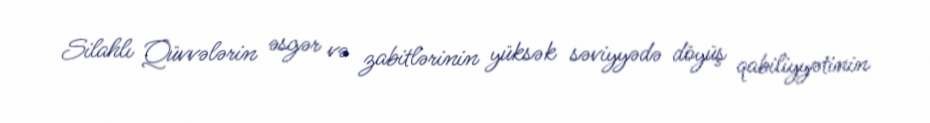
Silahlı Qüvvələrin əsgər və zabitlərinin yüksək səviyyədə döyüş qabiliyyətinin